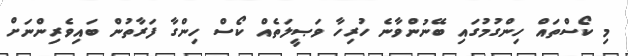
މި ކޯސްތައް ހިންގުމުގައި ބޭނުންވާނެ ހުރިހާ ވަޞީލަތެއް ކޯސް ހިންގާ ފަރާތުން ބައިވެރިންނަށް